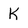
Character: K